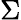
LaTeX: \Sigma